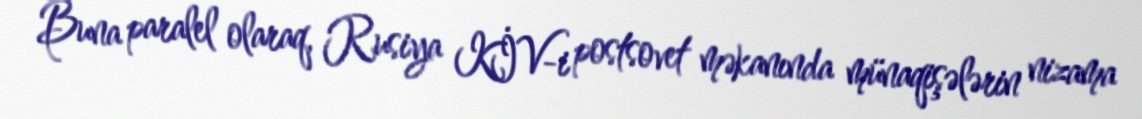
Buna paralel olaraq, Rusiya KİV-i postsovet məkanında münaqişələrin nizama